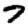
Digit: 7